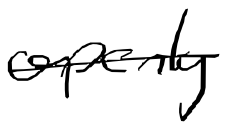
Text: openly
Cross-out: single-line
Writing tool: digital_black